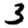
Digit: 3